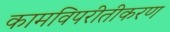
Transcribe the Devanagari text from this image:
कामविपरीतीकरण